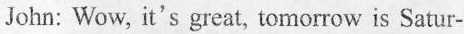
John: Wow, it's great, tomorrow is Satur-